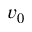
v _ { 0 }